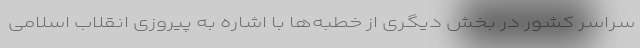
سراسر کشور در بخش دیگری از خطبه‌ها با ‌اشاره به پیروزی انقلاب اسلامی